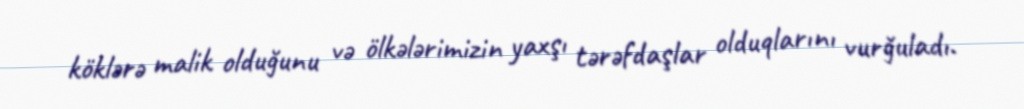
köklərə malik olduğunu və ölkələrimizin yaxşı tərəfdaşlar olduqlarını vurğuladı.